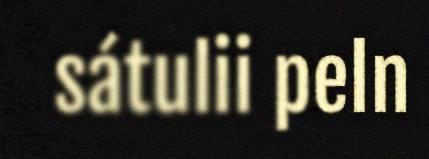
sátulii peln